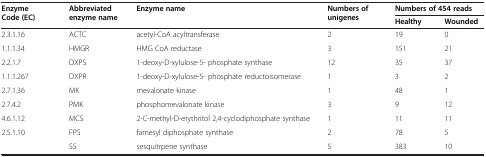
| <ROWSPAN=2> Enzyme Code (EC) | <ROWSPAN=2> Abbreviated enzyme name | <ROWSPAN=2> Enzyme name | <ROWSPAN=2> Numbers of unigenes | <COLSPAN=2> Numbers of 454 reads |
 | Healthy | Wounded |
 | --- | --- | --- | --- | --- | --- |
 | 2.3.1.16 | ACTC | acetyl-CoA acyltransferase | 2 | 19 | 0 |
 | 1.1.1.34 | HMGR | HMG CoA reductase | 3 | 151 | 21 |
 | 2.2.1.7 | DXPS | 1-deoxy-D-xylulose-5- phosphate synthase | 12 | 35 | 37 |
 | 1.1.1.267 | DXPR | 1-deoxy-D-xylulose-5- phosphate reductoisomerase | 1 | 3 | 2 |
 | 2.7.1.36 | MK | mevalonate kinase | 1 | 48 | 1 |
 | 2.7.4.2 | PMK | phosphomevalonate kinase | 3 | 9 | 12 |
 | 4.6.1.12 | MCS | 2-C-methyl-D-erythritol 2,4-cyclodiphosphate synthase | 1 | 11 | 11 |
 | 2.5.1.10 | FPS | farnesyl diphosphate synthase | 2 | 78 | 5 |
 |  | SS | sesquitrpene synthase | 5 | 383 | 10 |